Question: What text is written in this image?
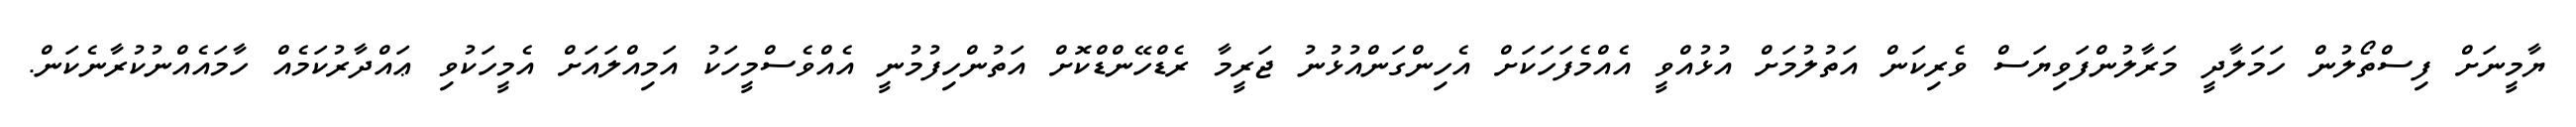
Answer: ޔާމީނަށް ފިސްތޯލުން ހަމަލާދީ މަރާލުންފަވިޔަސް ވެރިކަން އަތުލުމަށް އުޅުއްވީ އެއްމެފަހަކަށް އެހިންގަންއުޅުނު ޖަރީމާ ރެޑްހޭންޑްކޮށް އަތުންހިފުމުނީ އެއްވެސްމީހަކު އަމިއްލައަށް އެމީހަކުވި ޢައްދާރުކަމެއް ހާމައެއްނުކުރާނެކަން.